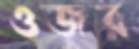
ওজর